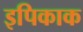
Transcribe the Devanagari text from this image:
इपिकाक